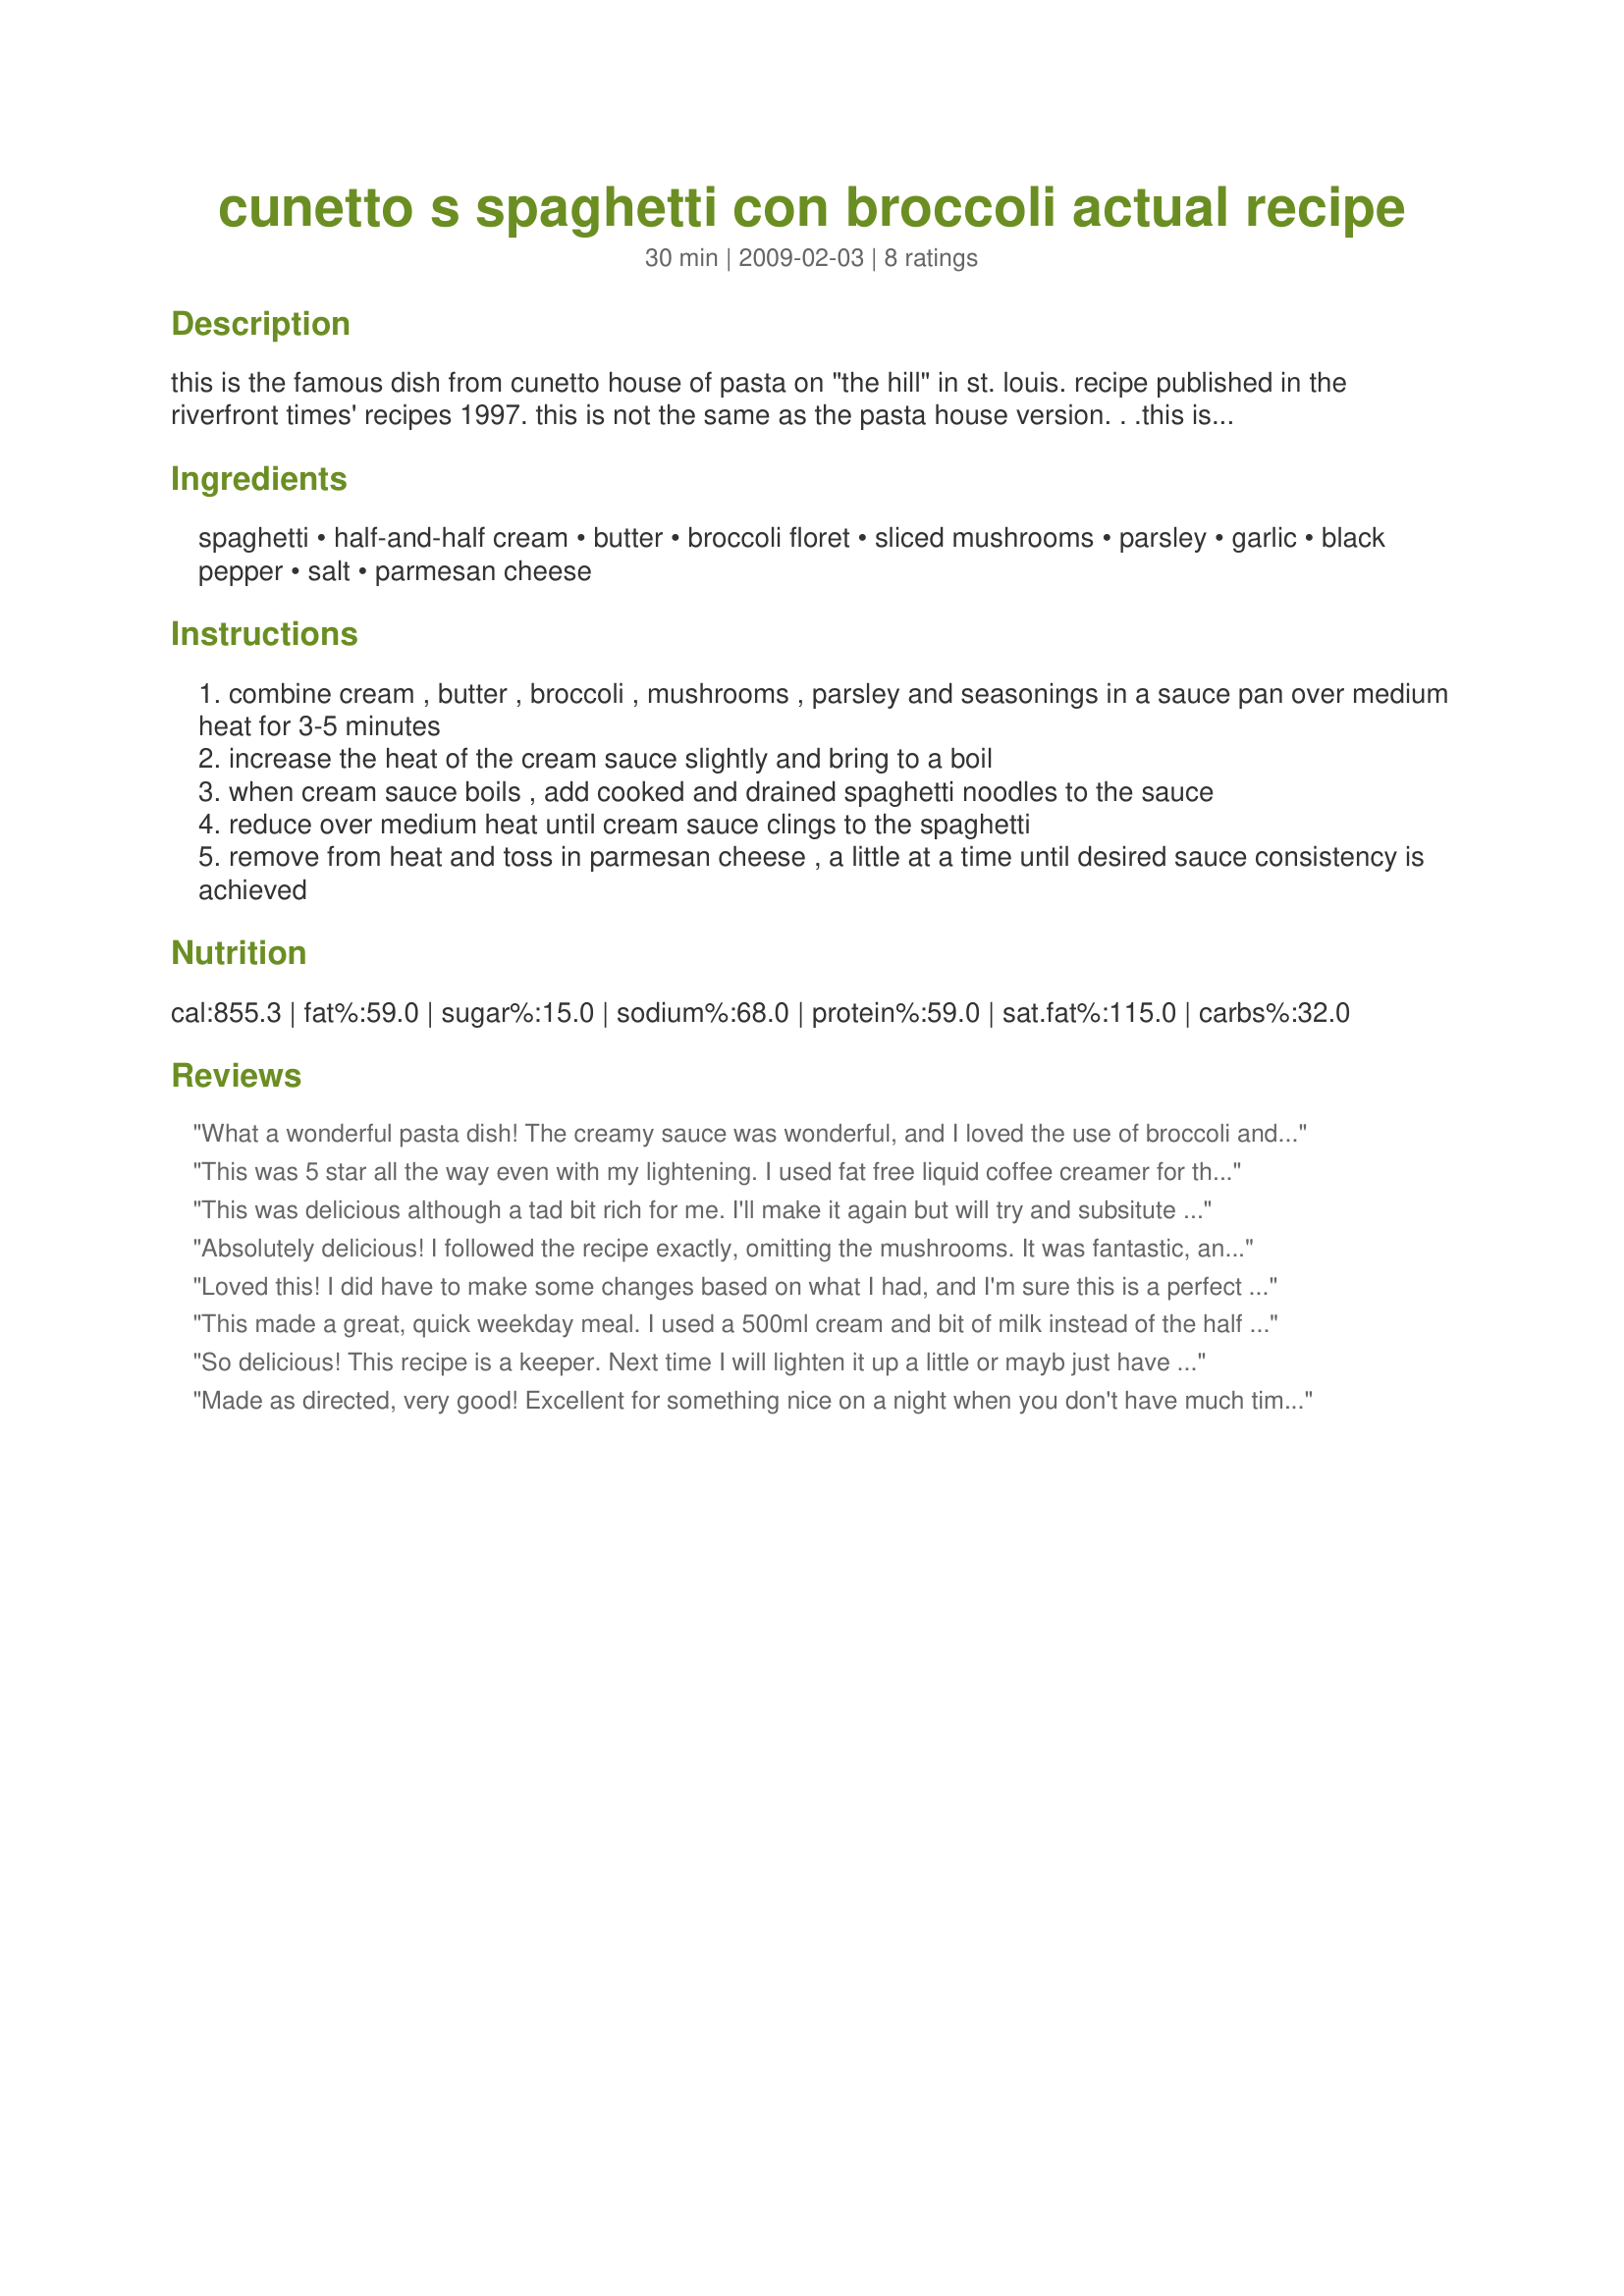
cunetto s spaghetti con broccoli actual recipe
Preparation time: 30 minutes

this is the famous dish from cunetto house of pasta on "the hill" in st. louis. recipe published in the riverfront times' recipes 1997. this is not the same as the pasta house version. . .this is a white sauce, not a pink one! this recipe is fast enough for a mid-week meal, but fancy enough to serve at a dinner party! feel free to lighten it up a bit with light margarine and fat-free half and half (i have done it many a time with great results).

Ingredients:
spaghetti, half-and-half cream, butter, broccoli floret, sliced mushrooms, parsley, garlic, black pepper, salt, parmesan cheese

Steps:
combine cream , butter , broccoli , mushrooms , parsley and seasonings in a sauce pan over medium heat for 3-5 minutes
increase the heat of the cream sauce slightly and bring to a boil
when cream sauce boils , add cooked and drained spaghetti noodles to the sauce
reduce over medium heat until cream sauce clings to the spaghetti
remove from heat and toss in parmesan cheese , a little at a time until desired sauce consistency is achieved

Reviews:
What a wonderful pasta dish! The creamy sauce was wonderful, and I loved the use of broccoli and mushrooms in this. Very simple too. Thanks for sharing! Veg*n Swap 24
This was 5 star all the way even with my lightening. I used fat free liquid coffee creamer for the cream, a more heart healthy margarine for the butter and held the Parm to 1/4 cup. It still had a rich and indulgent taste. The fresh mushrooms and broccoli were summer perfect.
This was delicious although a tad bit rich for me. I'll make it again but will try and subsitute whole milk for the half and half.
Absolutely delicious! I followed the recipe exactly, omitting the mushrooms. It was fantastic, and I am sure that I will make it again soon.
Loved this! I did have to make some changes based on what I had, and I'm sure this is a perfect recipe when you have the ingredients... I had to use skim milk rather than half and half, so I added a cornstarch slurry to compensate and thicken. I only had frozen broccoli florets, so I threw them in later, rather than at the beginning so they wouldn't fall apart. I had no mushrooms, and I'll be sure to include them next time, cause I love them. Went together quickly and easily. I've been back in StL for over a year and still haven't gone out for good Italian, since I usually just cook in. Thanks for a little taste of "The Hill" :-)
This made a great, quick weekday meal. I used a 500ml cream and bit of milk instead of the half and half. A good kids pleaser too.
So delicious! This recipe is a keeper. Next time I will lighten it up a little or mayb just have less and a salad...cuz it's just so good. Thanks!! Made as a bonus tag for vegn swap.
Made as directed, very good! Excellent for something nice on a night when you don't have much time.
And I still had a little left over for my lunch today, hooray!

Thanks, JB!
